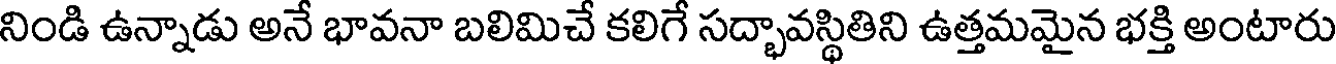
నిండి ఉన్నాడు అనే భావనా బలిమిచే కలిగే సద్భావస్థితిని ఉత్తమమైన భక్తి అంటారు